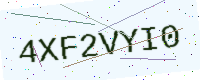
Text: 4XF2VYI0